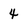
Character: 4